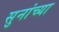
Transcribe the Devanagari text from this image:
सुनांच्या